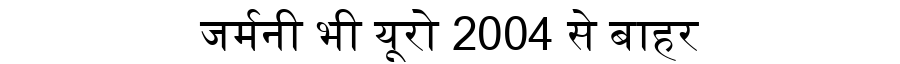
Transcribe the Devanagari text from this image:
जर्मनी भी यूरो 2004 से बाहर